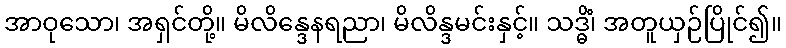
အာဝုသော၊ အရှင်တို့။ မိလိန္ဒေနရညာ၊ မိလိန္ဒမင်းနှင့်။ သဒ္ဓိံ၊ အတူယှဉ်ပြိုင်၍။